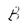
Character: B